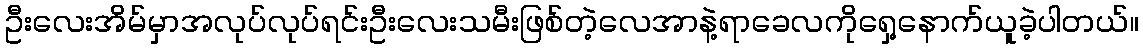
ဦးလေးအိမ်မှာအလုပ်လုပ်ရင်းဦးလေးသမီးဖြစ်တဲ့လေအာနဲ့ရာခေလကိုရှေ့နောက်ယူခဲ့ပါတယ်။